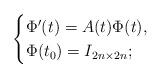
LaTeX: \begin{align*}\begin{cases}\Phi'(t) = A(t) \Phi(t), \\\Phi(t_0) = I_{2n \times 2n};\end{cases}\end{align*}